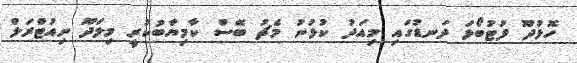
ހޮޅުދޫ ފުޓުބޯޅަ ދަނޑުގައި މިއަދު ކުޅުނު މެޗު ބޭސް ކާމިޔާބުކުރީ މިލަދޫ ނިއުޓްރަލް